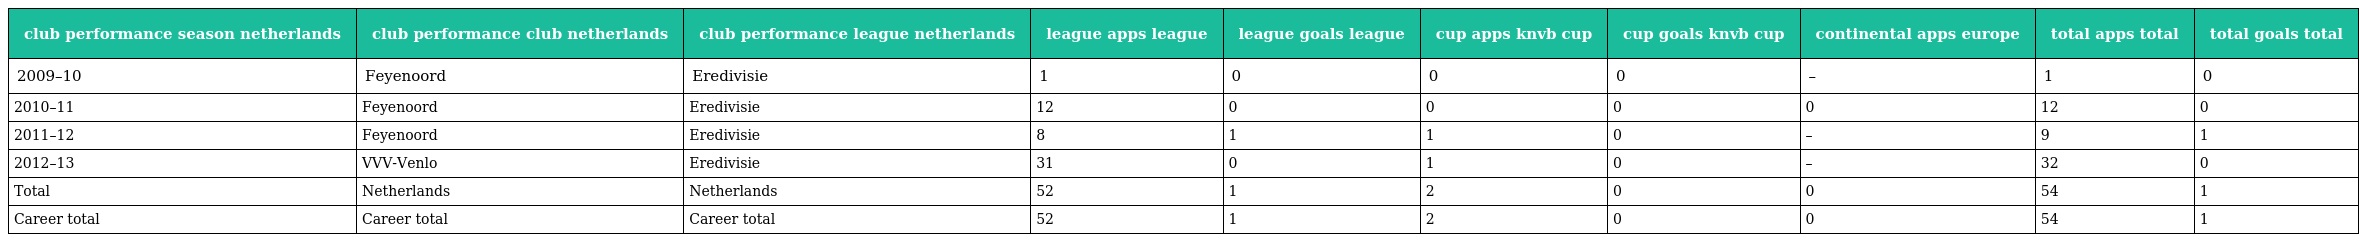
| club performance season netherlands | club performance club netherlands | club performance league netherlands | league apps league | league goals league | cup apps knvb cup | cup goals knvb cup | continental apps europe | total apps total | total goals total |
 | --- | --- | --- | --- | --- | --- | --- | --- | --- | --- |
 | 2009–10 | Feyenoord | Eredivisie | 1 | 0 | 0 | 0 | – | 1 | 0 |
 | 2010–11 | Feyenoord | Eredivisie | 12 | 0 | 0 | 0 | 0 | 12 | 0 |
 | 2011–12 | Feyenoord | Eredivisie | 8 | 1 | 1 | 0 | – | 9 | 1 |
 | 2012–13 | VVV-Venlo | Eredivisie | 31 | 0 | 1 | 0 | – | 32 | 0 |
 | Total | Netherlands | Netherlands | 52 | 1 | 2 | 0 | 0 | 54 | 1 |
 | Career total | Career total | Career total | 52 | 1 | 2 | 0 | 0 | 54 | 1 |